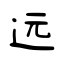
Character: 远